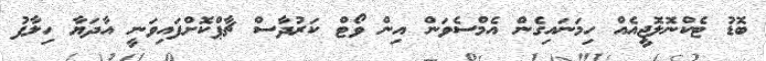
ބޮޑު ޓެކްނޮލޮޖީއެއް ހިމަނައިގެން އެމްސެވަން އިން ވޯޓް ކަރުދާސް ޗާޕްކޮށްފައިވަނީ އާދަޔާ ހިލާފު